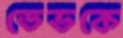
ডেভকে